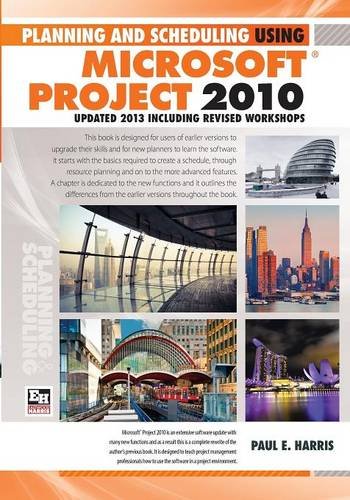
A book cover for Planning and Scheduling Using Microsoft Project 2010: Updated 2013 Including Revised Workshops; Mr Paul E Harris; Computers & Technology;